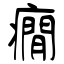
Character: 癇